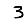
Digit: 3